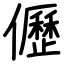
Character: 儮